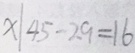
x \vert 4 5 - 2 9 = 1 6